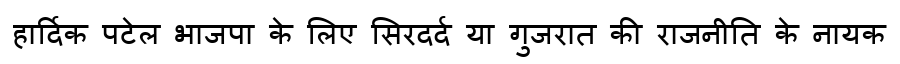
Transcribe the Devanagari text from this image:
हार्दिक पटेल भाजपा के लिए सिरदर्द या गुजरात की राजनीति के नायक